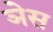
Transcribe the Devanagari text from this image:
ञेस